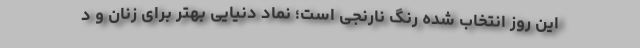
این روز انتخاب شده رنگ نارنجی است؛ نماد دنیایی بهتر برای زنان و د